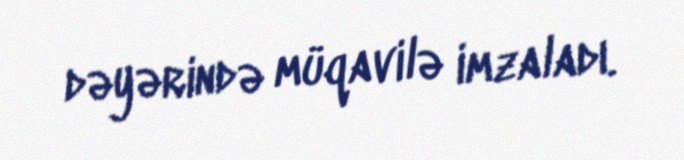
dəyərində müqavilə imzaladı.